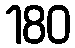
180